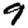
Digit: 9